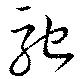
馳